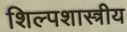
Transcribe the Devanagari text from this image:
शिल्पशास्त्रीय